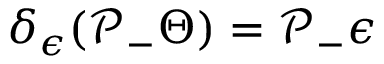
\delta _ { \epsilon } ( \mathcal { P } _ { - } \Theta ) = \mathcal { P } _ { - } \epsilon